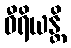
ဝီရိယန္တိ